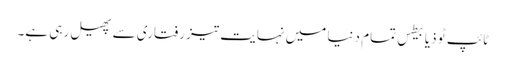
ٹائپ ٹو ذیابیطس تمام دنیا میں نہایت تیز رفتاری سے پھیل رہی ہے۔